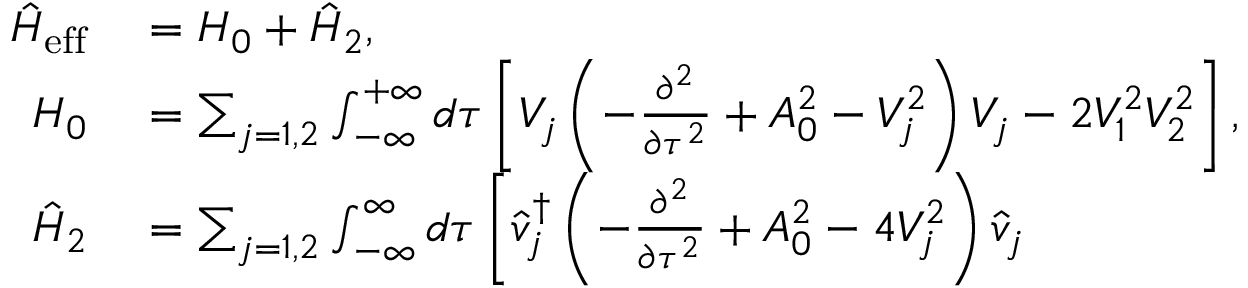
\begin{array} { r l } { \hat { H } _ { \mathrm { e f f } } } & { { } = H _ { 0 } + \hat { H } _ { 2 } , } \\ { H _ { 0 } } & { { } = \sum _ { j = 1 , 2 } \int _ { - \infty } ^ { + \infty } d \tau \left[ V _ { j } \left( - \frac { \partial ^ { 2 } } { \partial \tau ^ { 2 } } + A _ { 0 } ^ { 2 } - V _ { j } ^ { 2 } \right) V _ { j } - 2 V _ { 1 } ^ { 2 } V _ { 2 } ^ { 2 } \right] , } \\ { { \hat { H } } _ { 2 } } & { { } = \sum _ { j = 1 , 2 } \int _ { - \infty } ^ { \infty } d \tau \left[ \hat { v } _ { j } ^ { \dag } \left( - \frac { \partial ^ { 2 } } { \partial \tau ^ { 2 } } + A _ { 0 } ^ { 2 } - 4 V _ { j } ^ { 2 } \right) \hat { v } _ { j } \right. } \end{array}